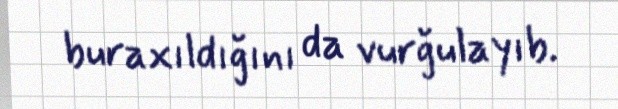
buraxıldığını da vurğulayıb.